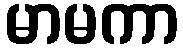
မာမကာ